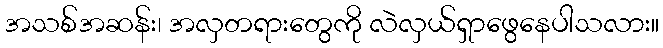
အသစ်အဆန်း၊ အလှတရားတွေကို လဲလှယ်ရှာဖွေနေပါသလား။